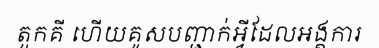
តួកគី ហើយគូសបញ្ជាក់អ្វីដែលអង្គការ